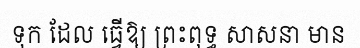
ទុក ដែល ធ្វើឱ្យ ព្រះពុទ្ធ សាសនា មាន